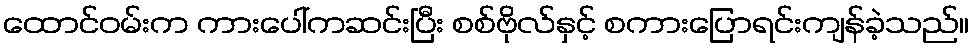
ထောင်ဝမ်းက ကားပေါ်ကဆင်းပြီး စစ်ဗိုလ်နှင့် စကားပြောရင်းကျန်ခဲ့သည်။